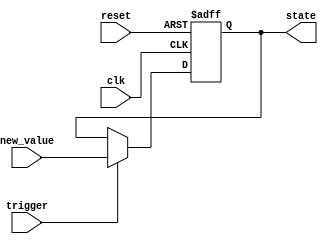
module hold_condition (
    input wire clk,          // Clock input
    input wire reset,        // Reset input
    input wire trigger,      // Trigger condition input
    input wire [7:0] new_value, // New value to update state variable
    output reg [7:0] state   // State variable output
);

    // Always block to handle clock edges and reset
    always @(posedge clk or posedge reset) begin
        if (reset) begin
            // Reset condition: Set state variable to initial value
            state <= 8'b0; // Or any desired initial value
        end else if (trigger) begin
            // Update state variable if trigger condition is met
            state <= new_value;
        end
        // If neither reset nor trigger is active, retain current state
    end

endmodule